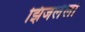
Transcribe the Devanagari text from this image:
झिजलेली